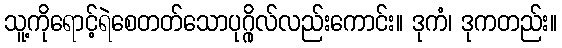
သူ့ကိုရောင့်ရဲစေတတ်သောပုဂ္ဂိုလ်လည်းကောင်း။ ဒုကံ၊ ဒုကတည်း။